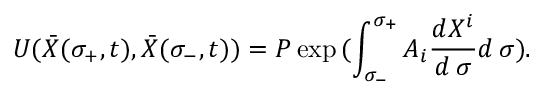
U ( { \bar { X } } ( \sigma _ { + } , t ) , { \bar { X } } ( \sigma _ { - } , t ) ) = { \cal P } \exp { ( \int _ { \sigma _ { - } } ^ { \sigma _ { + } } A _ { i } { \frac { d X ^ { i } } { d \, \sigma } } d \, \sigma ) } .